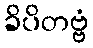
ခိပိတဗ္ဗံ